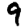
Digit: 9